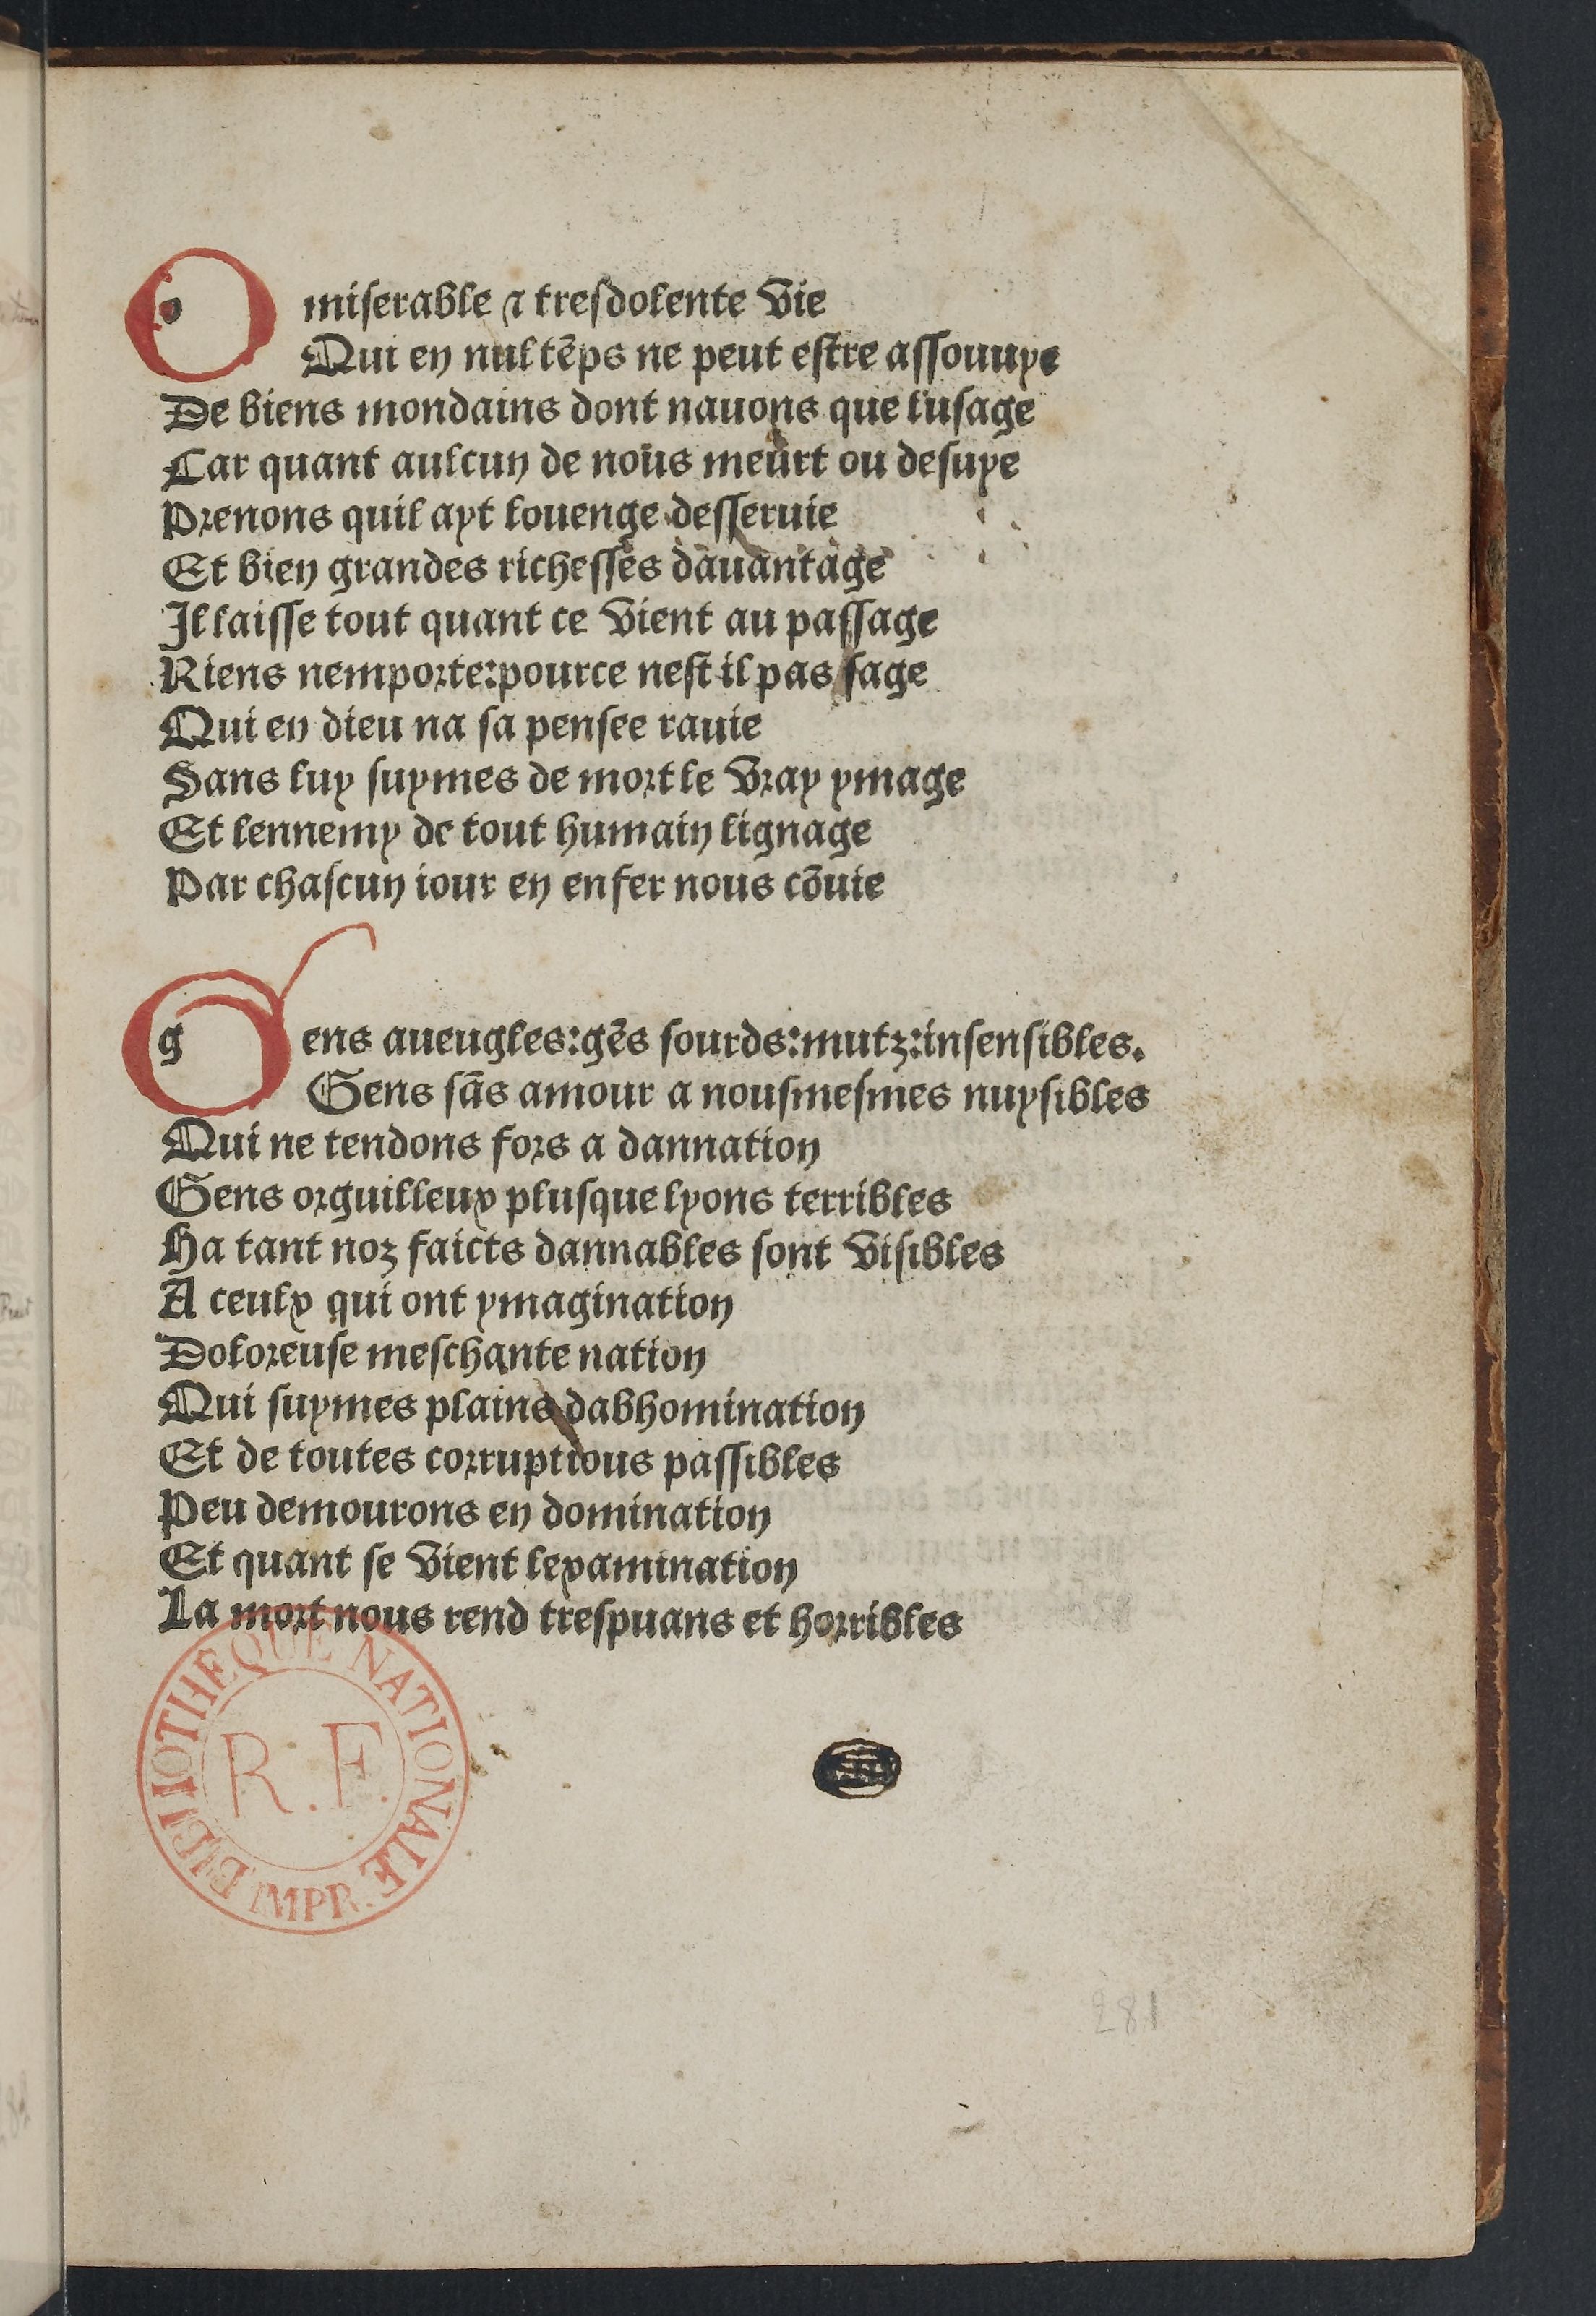
Shelfmark: Paris, BnF, Rés. YE-281
Century: 15